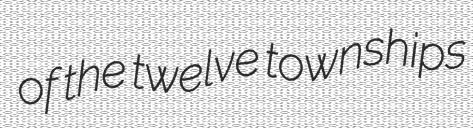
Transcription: of the twelve townships